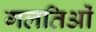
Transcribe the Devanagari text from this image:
गलतिओं